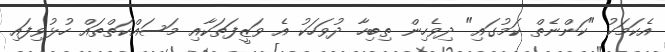
އެކަމަކު "ކަންނެތް ކަމުގައި" ދިވެހިން ތިބިހާ ދުވަހަކު އެ ވަޒީފަތަކާއި މަސައްކަތްތައް ހުޅުވިފައި